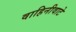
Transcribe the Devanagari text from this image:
वाहिनीवाटे